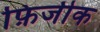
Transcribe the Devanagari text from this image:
फ़िजीक